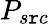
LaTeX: P_{s\mathtt{r}c}